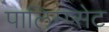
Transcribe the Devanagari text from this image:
पालिम्प्सेट